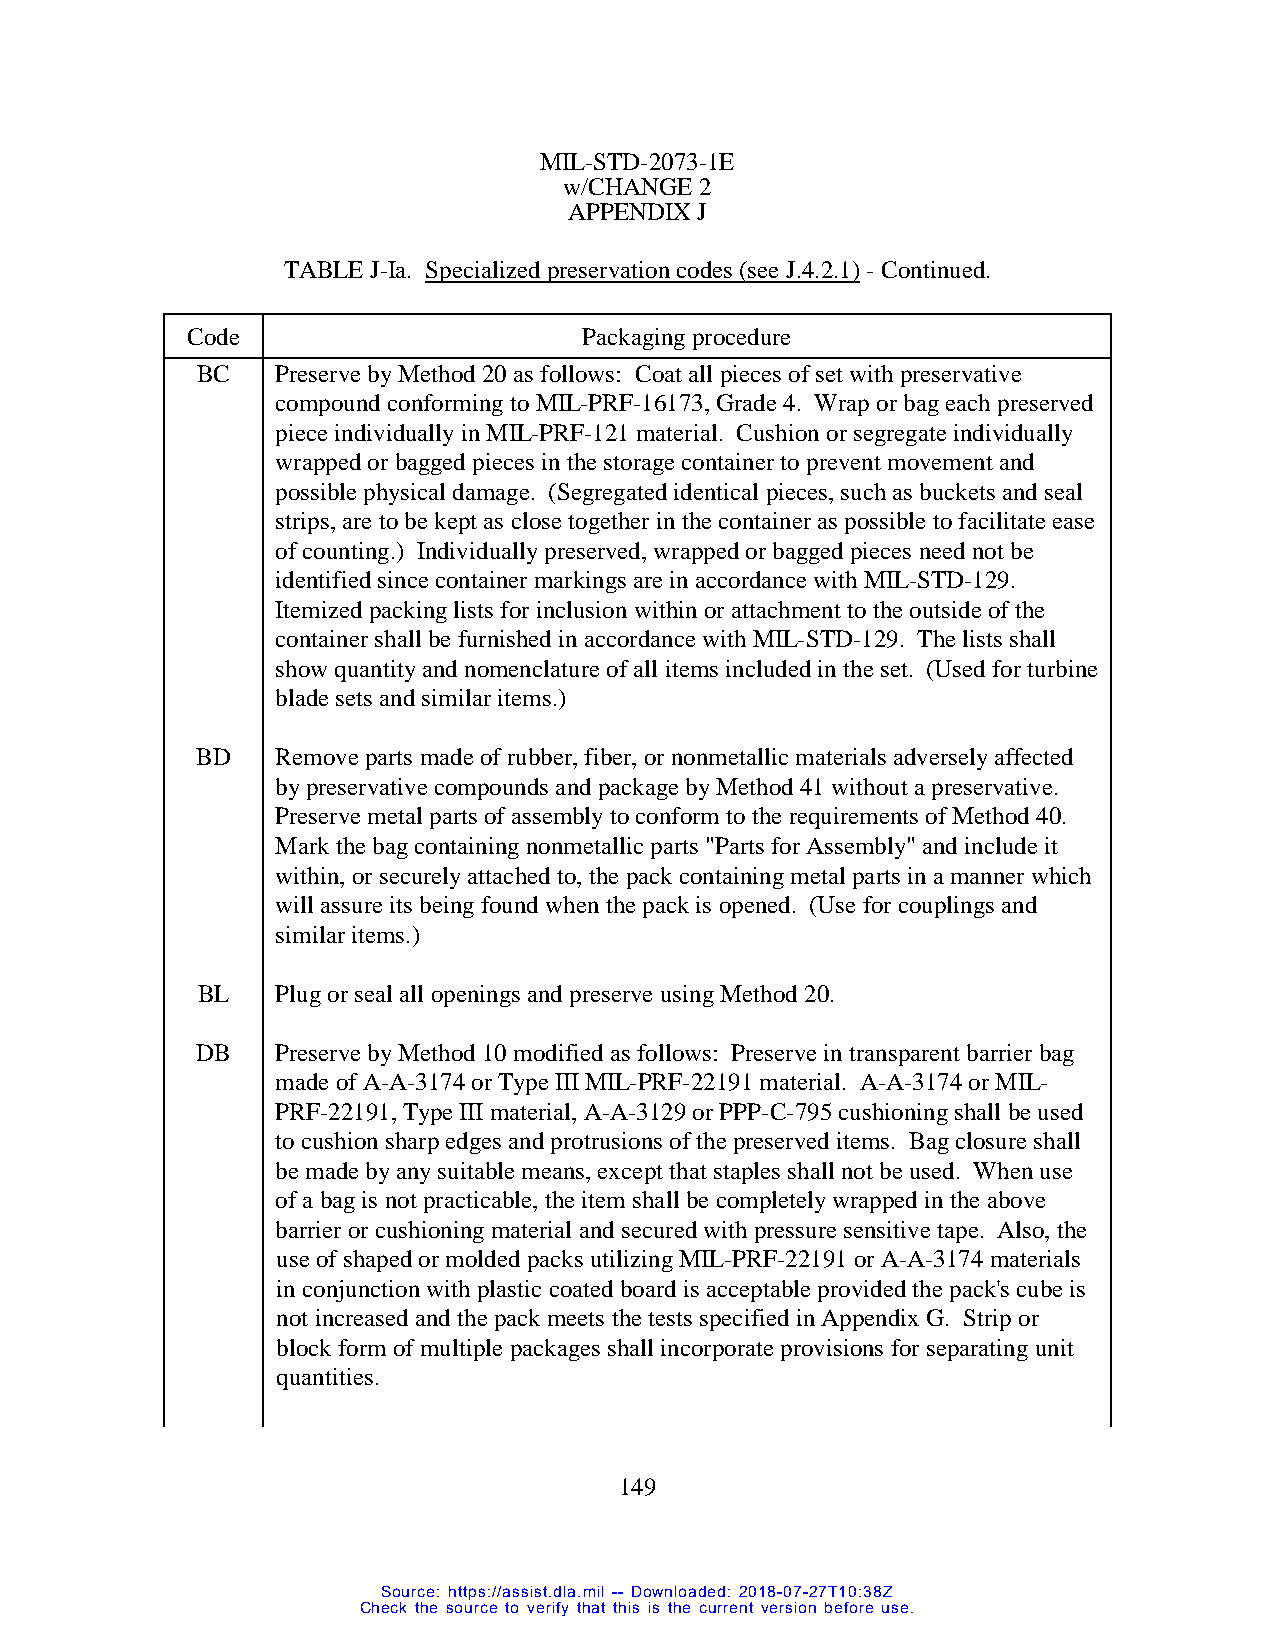
MIL-STD-2073-1E
 w/CHANGE 2
 APPENDIX J
 TABLE J-Ia. Specialized preservation codes (see J.4.2.1) - Continued.
 Code                       Packaging procedure
 BC   Preserve by Method 20 as follows: Coat all pieces of set with preservative
 compound conforming to MIL-PRF-16173, Grade 4. Wrap or bag each preserved
 piece individually in MIL-PRF-121 material. Cushion or segregate individually
 wrapped or bagged pieces in the storage container to prevent movement and
 possible physical damage. (Segregated identical pieces, such as buckets and seal
 strips, are to be kept as close together in the container as possible to facilitate ease
 of counting.) Individually preserved, wrapped or bagged pieces need not be
 identified since container markings are in accordance with MIL-STD-129.
 Itemized packing lists for inclusion within or attachment to the outside of the
 container shall be furnished in accordance with MIL-STD-129. The lists shall
 show quantity and nomenclature of all items included in the set. (Used for turbine
 blade sets and similar items.)
 BD   Remove parts made of rubber, fiber, or nonmetallic materials adversely affected
 by preservative compounds and package by Method 41 without a preservative.
 Preserve metal parts of assembly to conform to the requirements of Method 40.
 Mark the bag containing nonmetallic parts "Parts for Assembly" and include it
 within, or securely attached to, the pack containing metal parts in a manner which
 will assure its being found when the pack is opened. (Use for couplings and
 similar items.)
 BL   Plug or seal all openings and preserve using Method 20.
 DB   Preserve by Method 10 modified as follows: Preserve in transparent barrier bag
 made of A-A-3174 or Type III MIL-PRF-22191 material. A-A-3174 or MIL-
 PRF-22191, Type III material, A-A-3129 or PPP-C-795 cushioning shall be used
 to cushion sharp edges and protrusions of the preserved items. Bag closure shall
 be made by any suitable means, except that staples shall not be used. When use
 of a bag is not practicable, the item shall be completely wrapped in the above
 barrier or cushioning material and secured with pressure sensitive tape. Also, the
 use of shaped or molded packs utilizing MIL-PRF-22191 or A-A-3174 materials
 in conjunction with plastic coated board is acceptable provided the pack's cube is
 not increased and the pack meets the tests specified in Appendix G. Strip or
 block form of multiple packages shall incorporate provisions for separating unit
 quantities.
 149
 Source: https://assist.dla.mil -- Downloaded: 2018-07-27T10:38Z
 Check the source to verify that this is the current version before use.